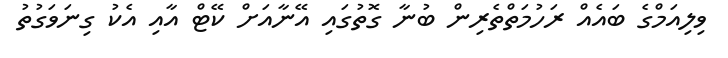
ވިލިއަމްގެ ބައެއް ރަހުމަތްތެރިން ބުނާ ގޮތުގައި އޭނާއަށް ކޭޓް އާއި އެކު ގިނަވަގުތު